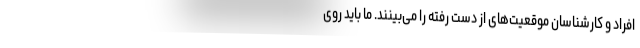
افراد و کارشناسان موقعیت‌های از دست رفته را می‌بینند. ما باید روی